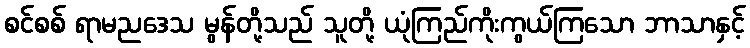
စင်စစ် ရာမညဒေသ မွန်တို့သည် သူတို့ ယုံကြည်ကိုးကွယ်ကြသော ဘာသာနှင့်